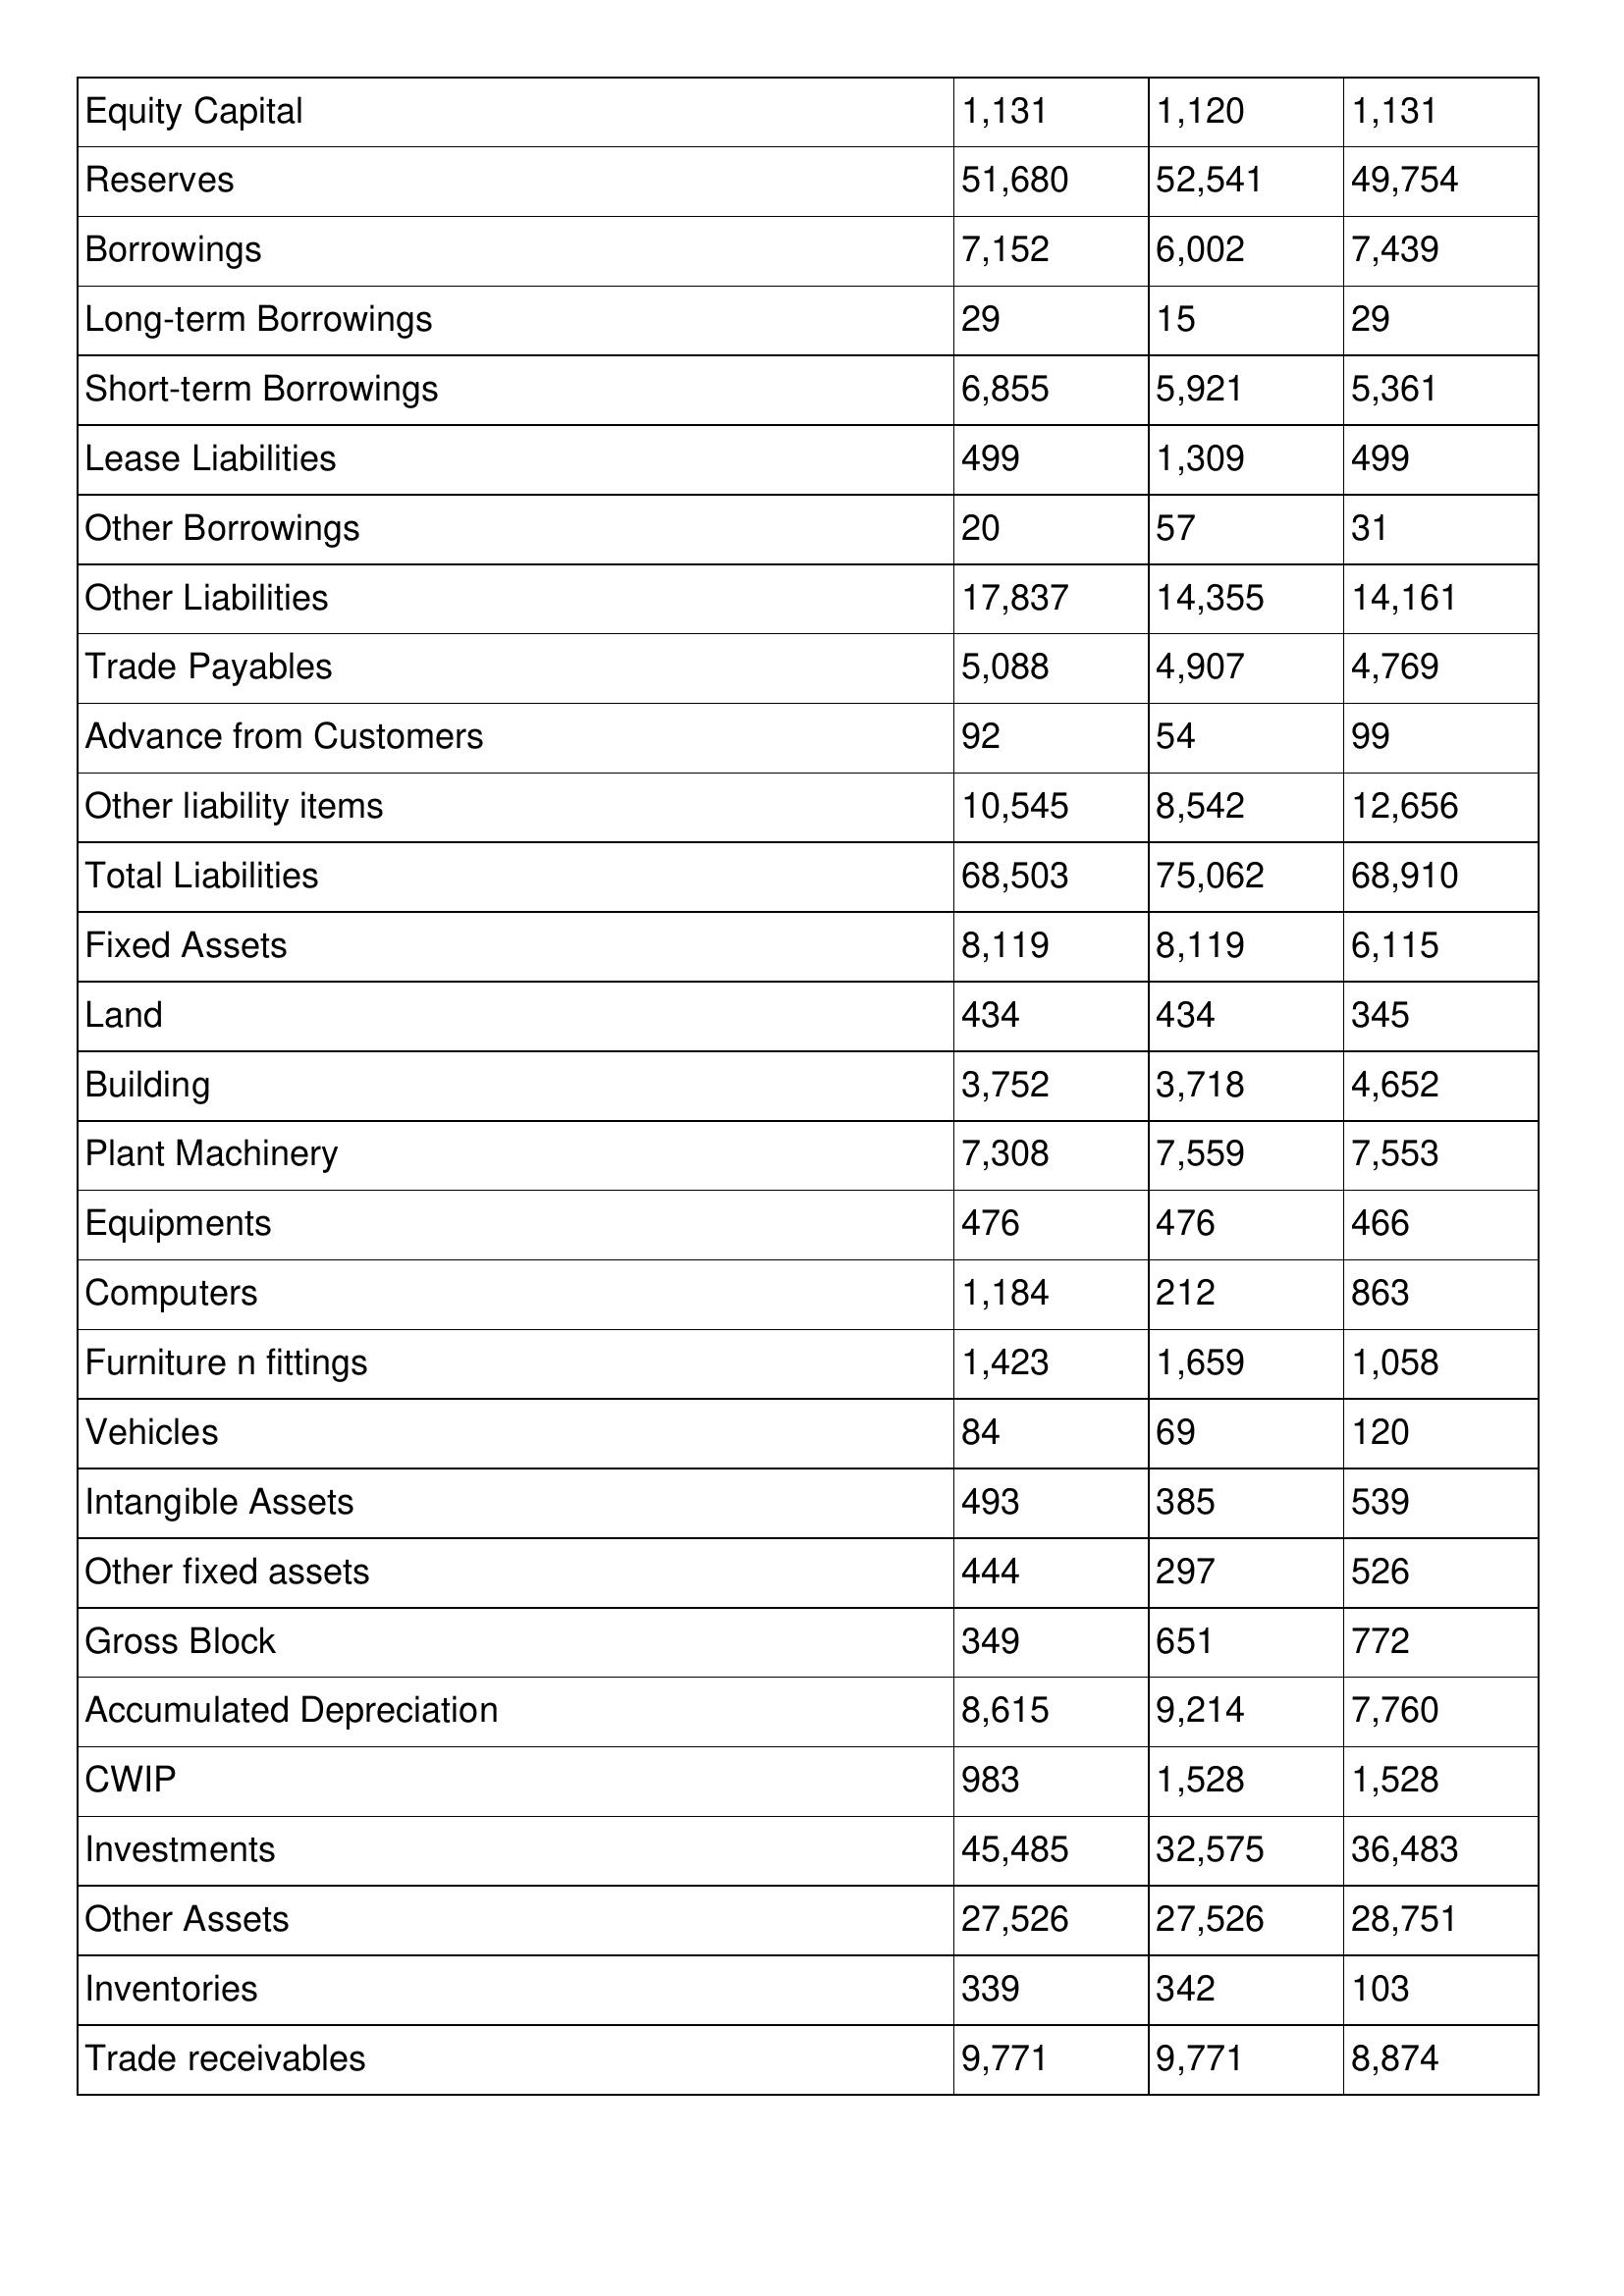
gt_parse: 2014: Balance Sheet: Equity Capital: 1,131
Reserves: 51,680
Borrowings: 7,152
Long-term Borrowings: 29
Short-term Borrowings: 6,855
Lease Liabilities: 499
Other Borrowings: 20
Other Liabilities: 17,837
Trade Payables: 5,088
Advance from Customers: 92
Other liability items: 10,545
Total Liabilities: 68,503
Fixed Assets: 8,119
Land: 434
Building: 3,752
Plant Machinery: 7,308
Equipments: 476
Computers: 1,184
Furniture n fittings: 1,423
Vehicles: 84
Intangible Assets: 493
Other fixed assets: 444
Gross Block: 349
Accumulated Depreciation: 8,615
CWIP: 983
Investments: 45,485
Other Assets: 27,526
Inventories: 339
Trade receivables: 9,771
2013: Balance Sheet: Equity Capital: 1,120
Reserves: 52,541
Borrowings: 6,002
Long-term Borrowings: 15
Short-term Borrowings: 5,921
Lease Liabilities: 1,309
Other Borrowings: 57
Other Liabilities: 14,355
Trade Payables: 4,907
Advance from Customers: 54
Other liability items: 8,542
Total Liabilities: 75,062
Fixed Assets: 8,119
Land: 434
Building: 3,718
Plant Machinery: 7,559
Equipments: 476
Computers: 212
Furniture n fittings: 1,659
Vehicles: 69
Intangible Assets: 385
Other fixed assets: 297
Gross Block: 651
Accumulated Depreciation: 9,214
CWIP: 1,528
Investments: 32,575
Other Assets: 27,526
Inventories: 342
Trade receivables: 9,771
2012: Balance Sheet: Equity Capital: 1,131
Reserves: 49,754
Borrowings: 7,439
Long-term Borrowings: 29
Short-term Borrowings: 5,361
Lease Liabilities: 499
Other Borrowings: 31
Other Liabilities: 14,161
Trade Payables: 4,769
Advance from Customers: 99
Other liability items: 12,656
Total Liabilities: 68,910
Fixed Assets: 6,115
Land: 345
Building: 4,652
Plant Machinery: 7,553
Equipments: 466
Computers: 863
Furniture n fittings: 1,058
Vehicles: 120
Intangible Assets: 539
Other fixed assets: 526
Gross Block: 772
Accumulated Depreciation: 7,760
CWIP: 1,528
Investments: 36,483
Other Assets: 28,751
Inventories: 103
Trade receivables: 8,874